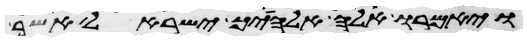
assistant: ויאמרו אלה אלהיך ישראל אשר